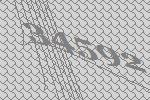
34592